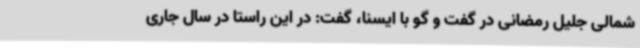
شمالی جلیل رمضانی در گفت و گو با ایسنا، گفت: در این راستا در سال جاری